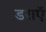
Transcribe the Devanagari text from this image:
डराएॅ